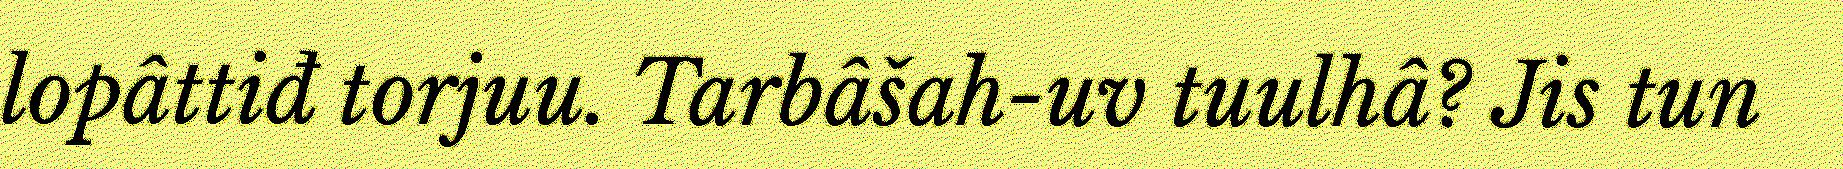
lopâttiđ torjuu. Tarbâšah-uv tuulhâ? Jis tun